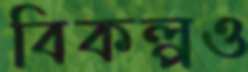
বিকল্পও